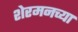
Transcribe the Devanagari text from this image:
शेरमनच्या